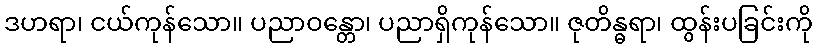
ဒဟရာ၊ ငယ်ကုန်သော။ ပညာဝန္တော၊ ပညာရှိကုန်သော။ ဇုတိန္ဓရာ၊ ထွန်းပခြင်းကို